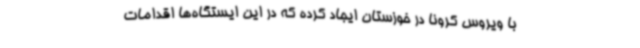
با ویروس کرونا در خوزستان ایجاد کرده که در این ایستگاه‌ها اقدامات